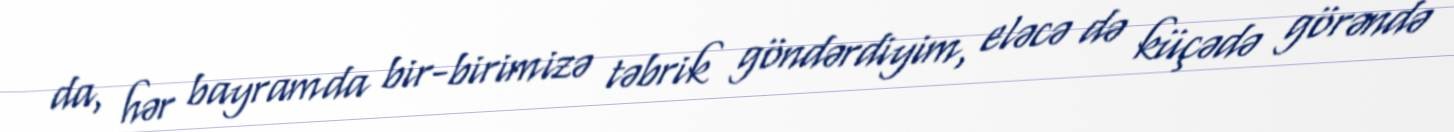
da, hər bayramda bir-birimizə təbrik göndərdiyim, eləcə də küçədə görəndə